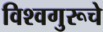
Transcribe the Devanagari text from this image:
विश्वगुरूचे